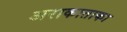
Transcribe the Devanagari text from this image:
अराकाताका